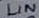
Text: LIN